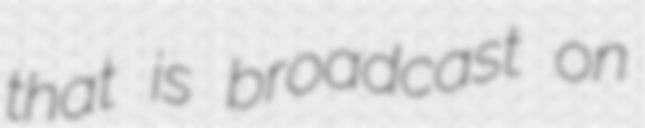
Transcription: that is broadcast on